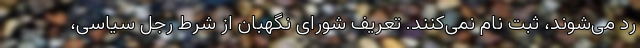
رد می‌شوند، ثبت نام نمی‌کنند. تعریف شورای نگهبان از شرط رجل سیاسی،